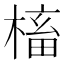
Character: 槒